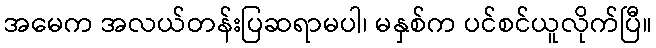
အမေက အလယ်တန်းပြဆရာမပါ၊ မနှစ်က ပင်စင်ယူလိုက်ပြီ။